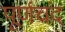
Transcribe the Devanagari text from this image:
पूर्णचंद